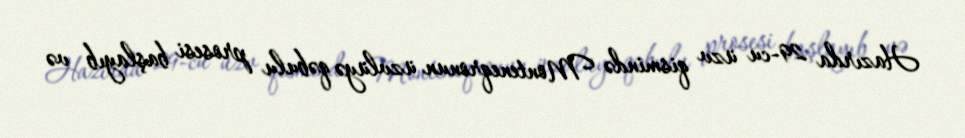
Hazırda 29-cu üzv qismində Monteneqronun üzvlüyə qəbulu prosesi başlayıb və